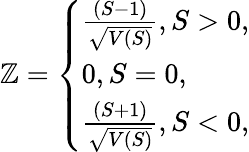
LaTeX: \mathbb{Z}=\left\{ \begin{array}{ll}{\frac{(S-1)}{\sqrt{V(S)}},S>0,}\\ {0,S=0,}\\ {\frac{(S+1)}{\sqrt{V(S)}},S<0,}\end{array}\right.